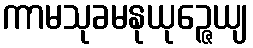
ကာမသုခမနုယုဉ္ဇေယျ